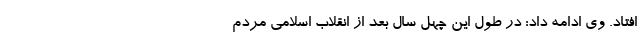
افتاد. وی ادامه داد: در طول این چهل سال بعد از انقلاب اسلامی مردم